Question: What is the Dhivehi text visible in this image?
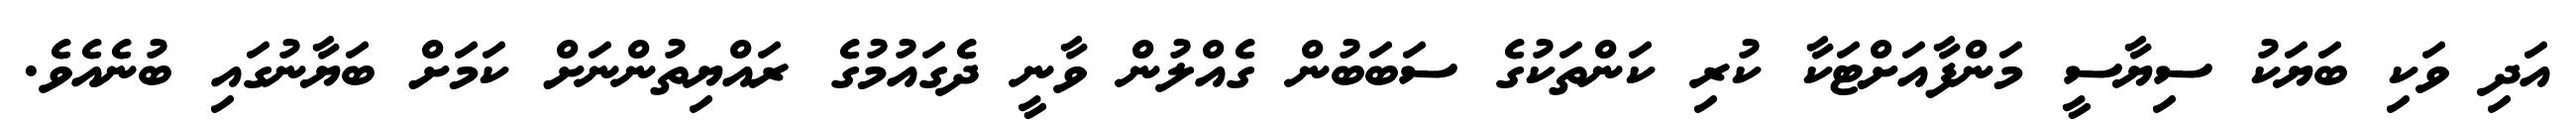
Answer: އަދި ވަކި ބަޔަކު ސިޔާސީ މަންފާއަށްޓަކާ ކުރި ކަންތަކުގެ ސަބަބުން ގެއްލުން ވާނީ ދެގައުމުގެ ރައްޔިތުންނަށް ކަމަށް ބަޔާނުގައި ބުނެއެވެ.